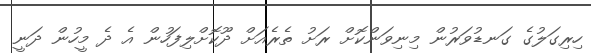
ހިރިގަލުގެ ގަނޑުވަރުން މިނިވަންކޮށް ރަށު ތެރެއަށް ދޫކޮށްލިފަހުން އެ ދެ މީހުން ދަނީ